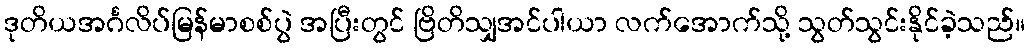
ဒုတိယအင်္ဂလိပ်မြန်မာစစ်ပွဲ အပြီးတွင် ဗြိတိသျှအင်ပါယာ လက်အောက်သို့ သွတ်သွင်းနိုင်ခဲ့သည်။